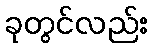
ခုတွင်လည်း